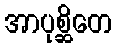
အာပုစ္ဆိတေ